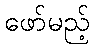
ဖော်မည့်